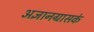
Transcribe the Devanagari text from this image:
अज्ञानग्रासकं